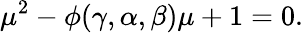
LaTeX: \mu^{2}-\phi(\gamma,\alpha,\beta)\mu+1=0.